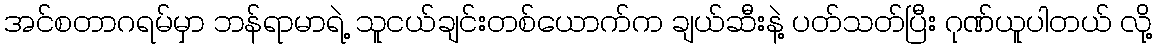
အင်စတာဂရမ်မှာ ဘန်ရာမာရဲ့ သူငယ်ချင်းတစ်ယောက်က ချယ်ဆီးနဲ့ ပတ်သတ်ပြီး ဂုဏ်ယူပါတယ် လို့